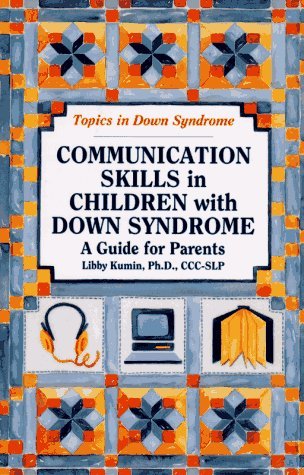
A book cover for Communication Skills in Children With Down Syndrome: A Guide for Parents; Libby Kumin; Health, Fitness & Dieting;